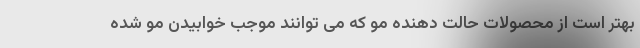
بهتر است از محصولات حالت دهنده مو که می توانند موجب خوابیدن مو شده